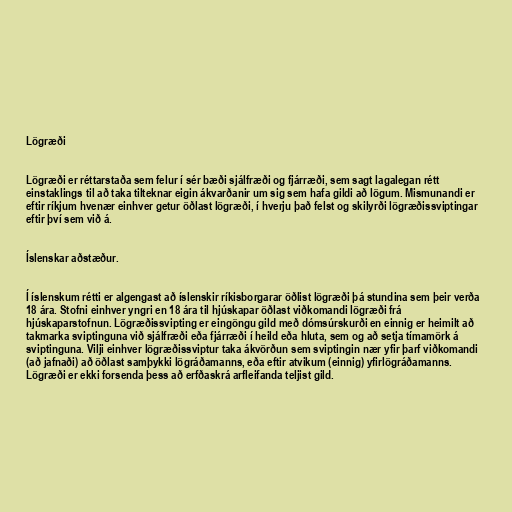
Lögræði

Lögræði er réttarstaða sem felur í sér bæði sjálfræði og fjárræði, sem sagt lagalegan rétt
einstaklings til að taka tilteknar eigin ákvarðanir um sig sem hafa gildi að lögum. Mismunandi er
eftir ríkjum hvenær einhver getur öðlast lögræði, í hverju það felst og skilyrði lögræðissviptingar
eftir því sem við á.

Íslenskar aðstæður.

Í íslenskum rétti er algengast að íslenskir ríkisborgarar öðlist lögræði þá stundina sem þeir verða
18 ára. Stofni einhver yngri en 18 ára til hjúskapar öðlast viðkomandi lögræði frá
hjúskaparstofnun. Lögræðissvipting er eingöngu gild með dómsúrskurði en einnig er heimilt að
takmarka sviptinguna við sjálfræði eða fjárræði í heild eða hluta, sem og að setja tímamörk á
sviptinguna. Vilji einhver lögræðissviptur taka ákvörðun sem sviptingin nær yfir þarf viðkomandi
(að jafnaði) að öðlast samþykki lögráðamanns, eða eftir atvikum (einnig) yfirlögráðamanns.
Lögræði er ekki forsenda þess að erfðaskrá arfleifanda teljist gild.